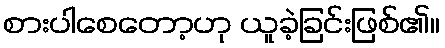
စားပါစေတော့ဟု ယူခဲ့ခြင်းဖြစ်၏။